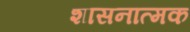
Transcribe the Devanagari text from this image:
शासनात्मक